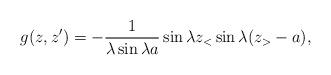
LaTeX: \begin{align*}g(z,z')=-{1\over\lambda\sin\lambda a}\sin\lambda z_<\sin\lambda (z_>-a),\end{align*}